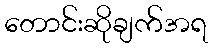
တောင်းဆိုချက်အရ